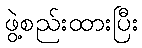
ဖွဲ့စည်းထားပြီး